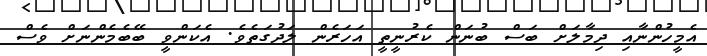
އެމީހުންނާއި ދިމާލަށް ބަސް ބުނަން ކެރުނީތީ އަހަރެން ލަދުގަތެވެ. އެކަންވީ ބޭބެމެންނަށް ވެސް